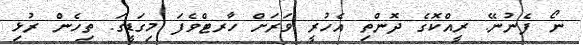
ނޯ ފެނުނޭ. ރީއްކޮގެ ދޮންތި އެހުރީ ވަރަށް ހާރޓްވެފަ މިގަޑީގަ. ތިހެން ރުޅި